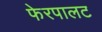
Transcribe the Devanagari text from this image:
फेरपालट